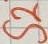
Text: S2